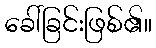
ခေါ်ခြင်းဖြစ်၏။